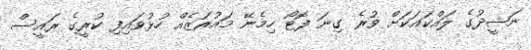
ނަޝީދުގެ ލައްކައަކަށް ވުރެ ގިނަ ފޮޓޯ ހިމެނޭ މައުރަޒެއް ހުޅުވައިފި ކުރީގެ ރައީސް